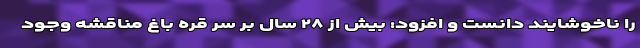
را ناخوشایند دانست و افزود: بیش از ۲۸ سال بر سر قره باغ مناقشه وجود